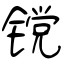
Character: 镋